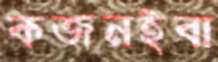
কজনইবা